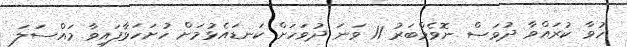
ހުވާ ކުރައްވާ ދުވަސް ނޮވެމްބަރު 11 ވަނަ ދުވަހަށް ކަނޑައެޅުމަށް ހުށަހަޅާފައިވާ މައްސަލަ